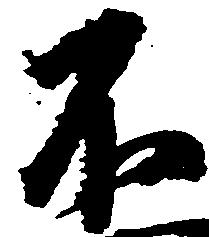
不